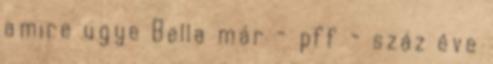
amire ugye Bella már - pff - száz éve